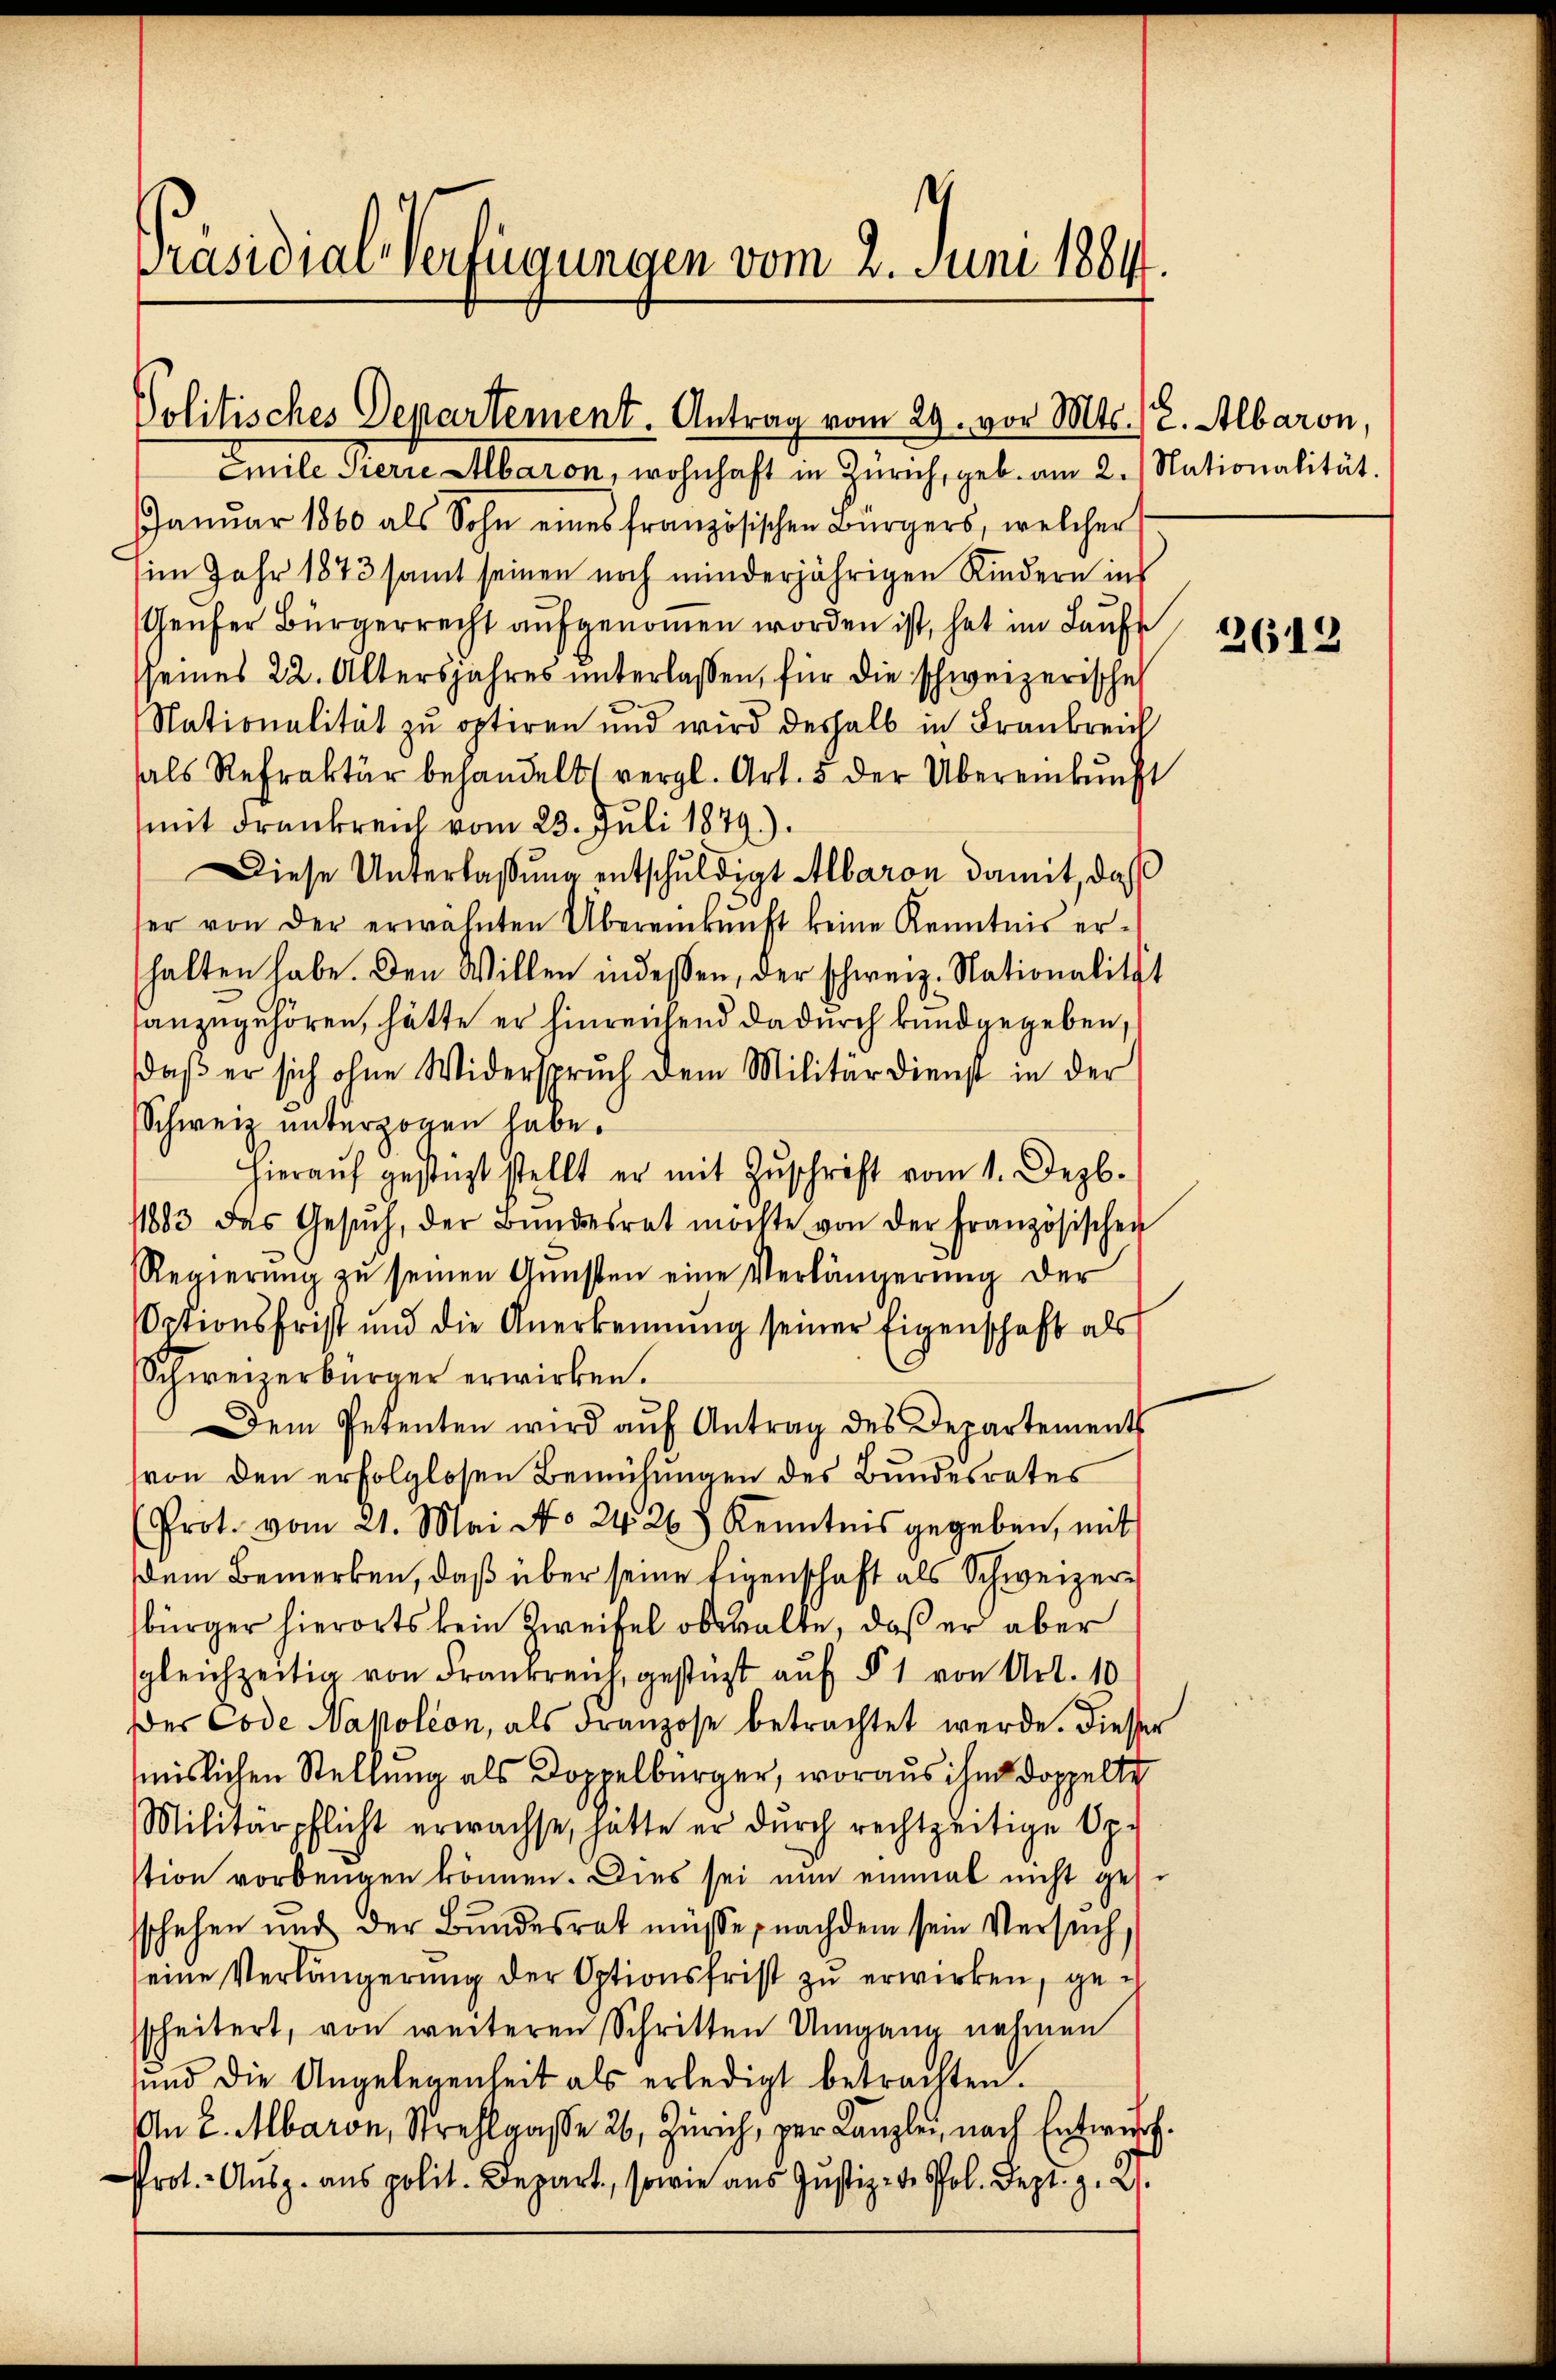
e
Präsidial-Verfügungen vom 2. Juni 1864.

Politisches Departement. Antrag vom 29. vor Mts. (2. Albaron,

Emile Pierre Abaron, wohnhaft in Zürich, geb. am 2. Nationalität.
Janŭar 1860 als Sohn eines französischen Bürgers, welcher
im Jahr 1873 samt seinen noch minderjährigen Kindern ins
Genfer Bürgerrecht aufgenommen worden ist, hat im Laufe
sseines 22. Altersjahres unterlassen, für die schweizerische
Nationalität zu optiren und wird deshalb in Frankreic
als Refraktär behandelt (vergl. Art. 5 der Übereinkunft
mit drankreich vom 23. Juli 1879).
Diese Unterlaßung entschuldigt Albaron damit, daß
er von der erwähnten Übereinkunft keine Kenntnis er-
halten habe. Den Willen indessen, der schweiz. Nationalität
anzugehören, hätte er hinreichend dadurch kundgegeben,
daβ er sich ohne Widerspruch dem Militärdienst in der
Schweiz unterzogen habe.
Hieraŭf gestüzt stellt er mit Zŭschrift vom 1. Dezb.
1883 das Gesŭch, der Bŭndesrat möchte von der Französischen
Regierŭng zŭ seinen Gŭnsten eine Verlängerŭng der
Optionsfrist und die Anerkennung seiner Eigenschaft als
Schweizerbürger erwirken.
Dem Petenten wird aŭf Antrag des Departement
(von den erfolglosen Bemühungen des Bundesrates
Prot. vom 21. Mai No 24 26. Kenntnis gegeben, mit
dem Bemerken, daß über seine Eigenschaft als Schweizerbürger hierorts kein Zweifel obwalte, daß er aber
sgleichzeitig von Frankreich, gestüzt auf § 1 von Art. 10
Der Code Napoleon, als Franzose betrachtet werde. Diesser
mislichen Stellung als Doppelburger, woraus ihm doppelte
Militärpflicht erwachse, hatte er durch rechtzeitige Op-
stion vorbengen können. Dies sei nun einmal nicht gese
sschehen und der Bŭndesrat müsse, nachdem sein Versuch
eine Verlängerŭng der Optionsfrist zŭ erwirken, gescheitert, von weiteren Schritten Umgang nehmen
ŭnd die Angelegenheit als erledigt betrachten.
An L. Abaron, Strehlgasse 26, Zürich, zur Kanzlei, nach Entwurf.
Prot. Ausg. ans polit. Depart, sowie aŭs Jŭstiz- de sol. Sept. z. B.

2612